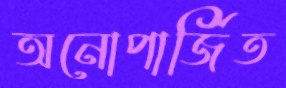
অনোপার্জিত